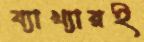
ব্যাখ্যারই